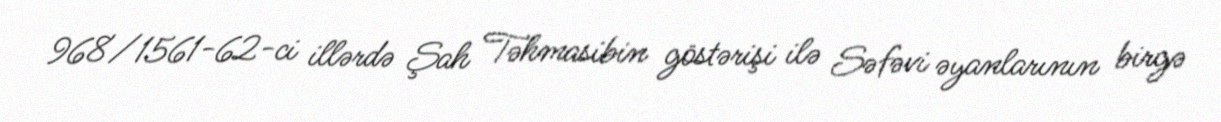
968/1561-62-ci illərdə Şah Təhmasibin göstərişi ilə Səfəvi əyanlarının birgə